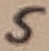
Text: 5